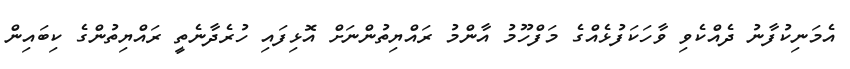
އެމަނިކުފާނު ދެއްކެވި ވާހަކަފުޅެއްގެ މަފްހޫމު އާންމު ރައްޔިތުންނަށް އޮޅިފައި ހުރެދާނެތީ ރައްޔިތުންގެ ކިބައިން